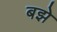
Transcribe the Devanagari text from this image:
बझे